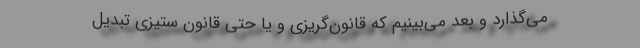
می‌گذارد و بعد می‌بینیم که قانون‌گریزی و یا حتی قانون ستیزی تبدیل